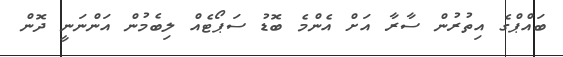
ބައްޕްގެ އިތުރުން ސާރާ އަށް އެންމެ ބޮޑު ސަޕޯޓެއް ލިބެމުން އަންނަނީ ދޮން